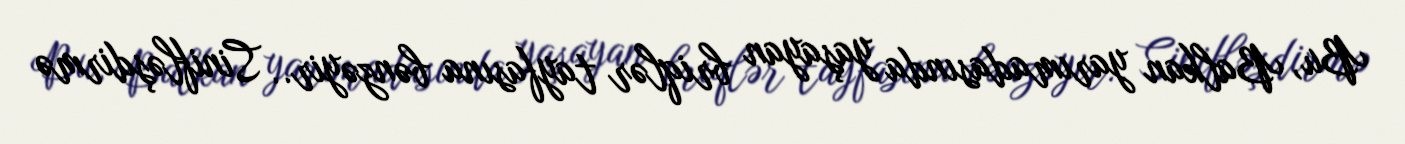
Bu, Balkan yarımadasında yaşayan briqlər tayfasına bənzəyir.. Sinifləşdirmə